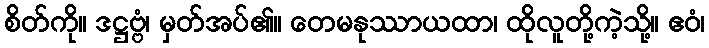
စိတ်ကို။ ဒဋ္ဌဗ္ဗံ၊ မှတ်အပ်၏။ တေမနုဿာယထာ၊ ထိုလူတို့ကဲ့သို့။ ဧဝံ၊